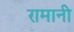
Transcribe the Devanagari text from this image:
रामानी